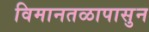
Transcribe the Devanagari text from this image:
विमानतळापासुन